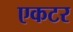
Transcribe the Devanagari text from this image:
एकटर